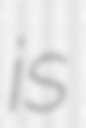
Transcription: is